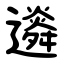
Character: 䢯